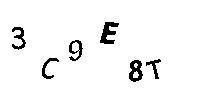
3C9E8T